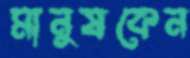
মানুষকেন